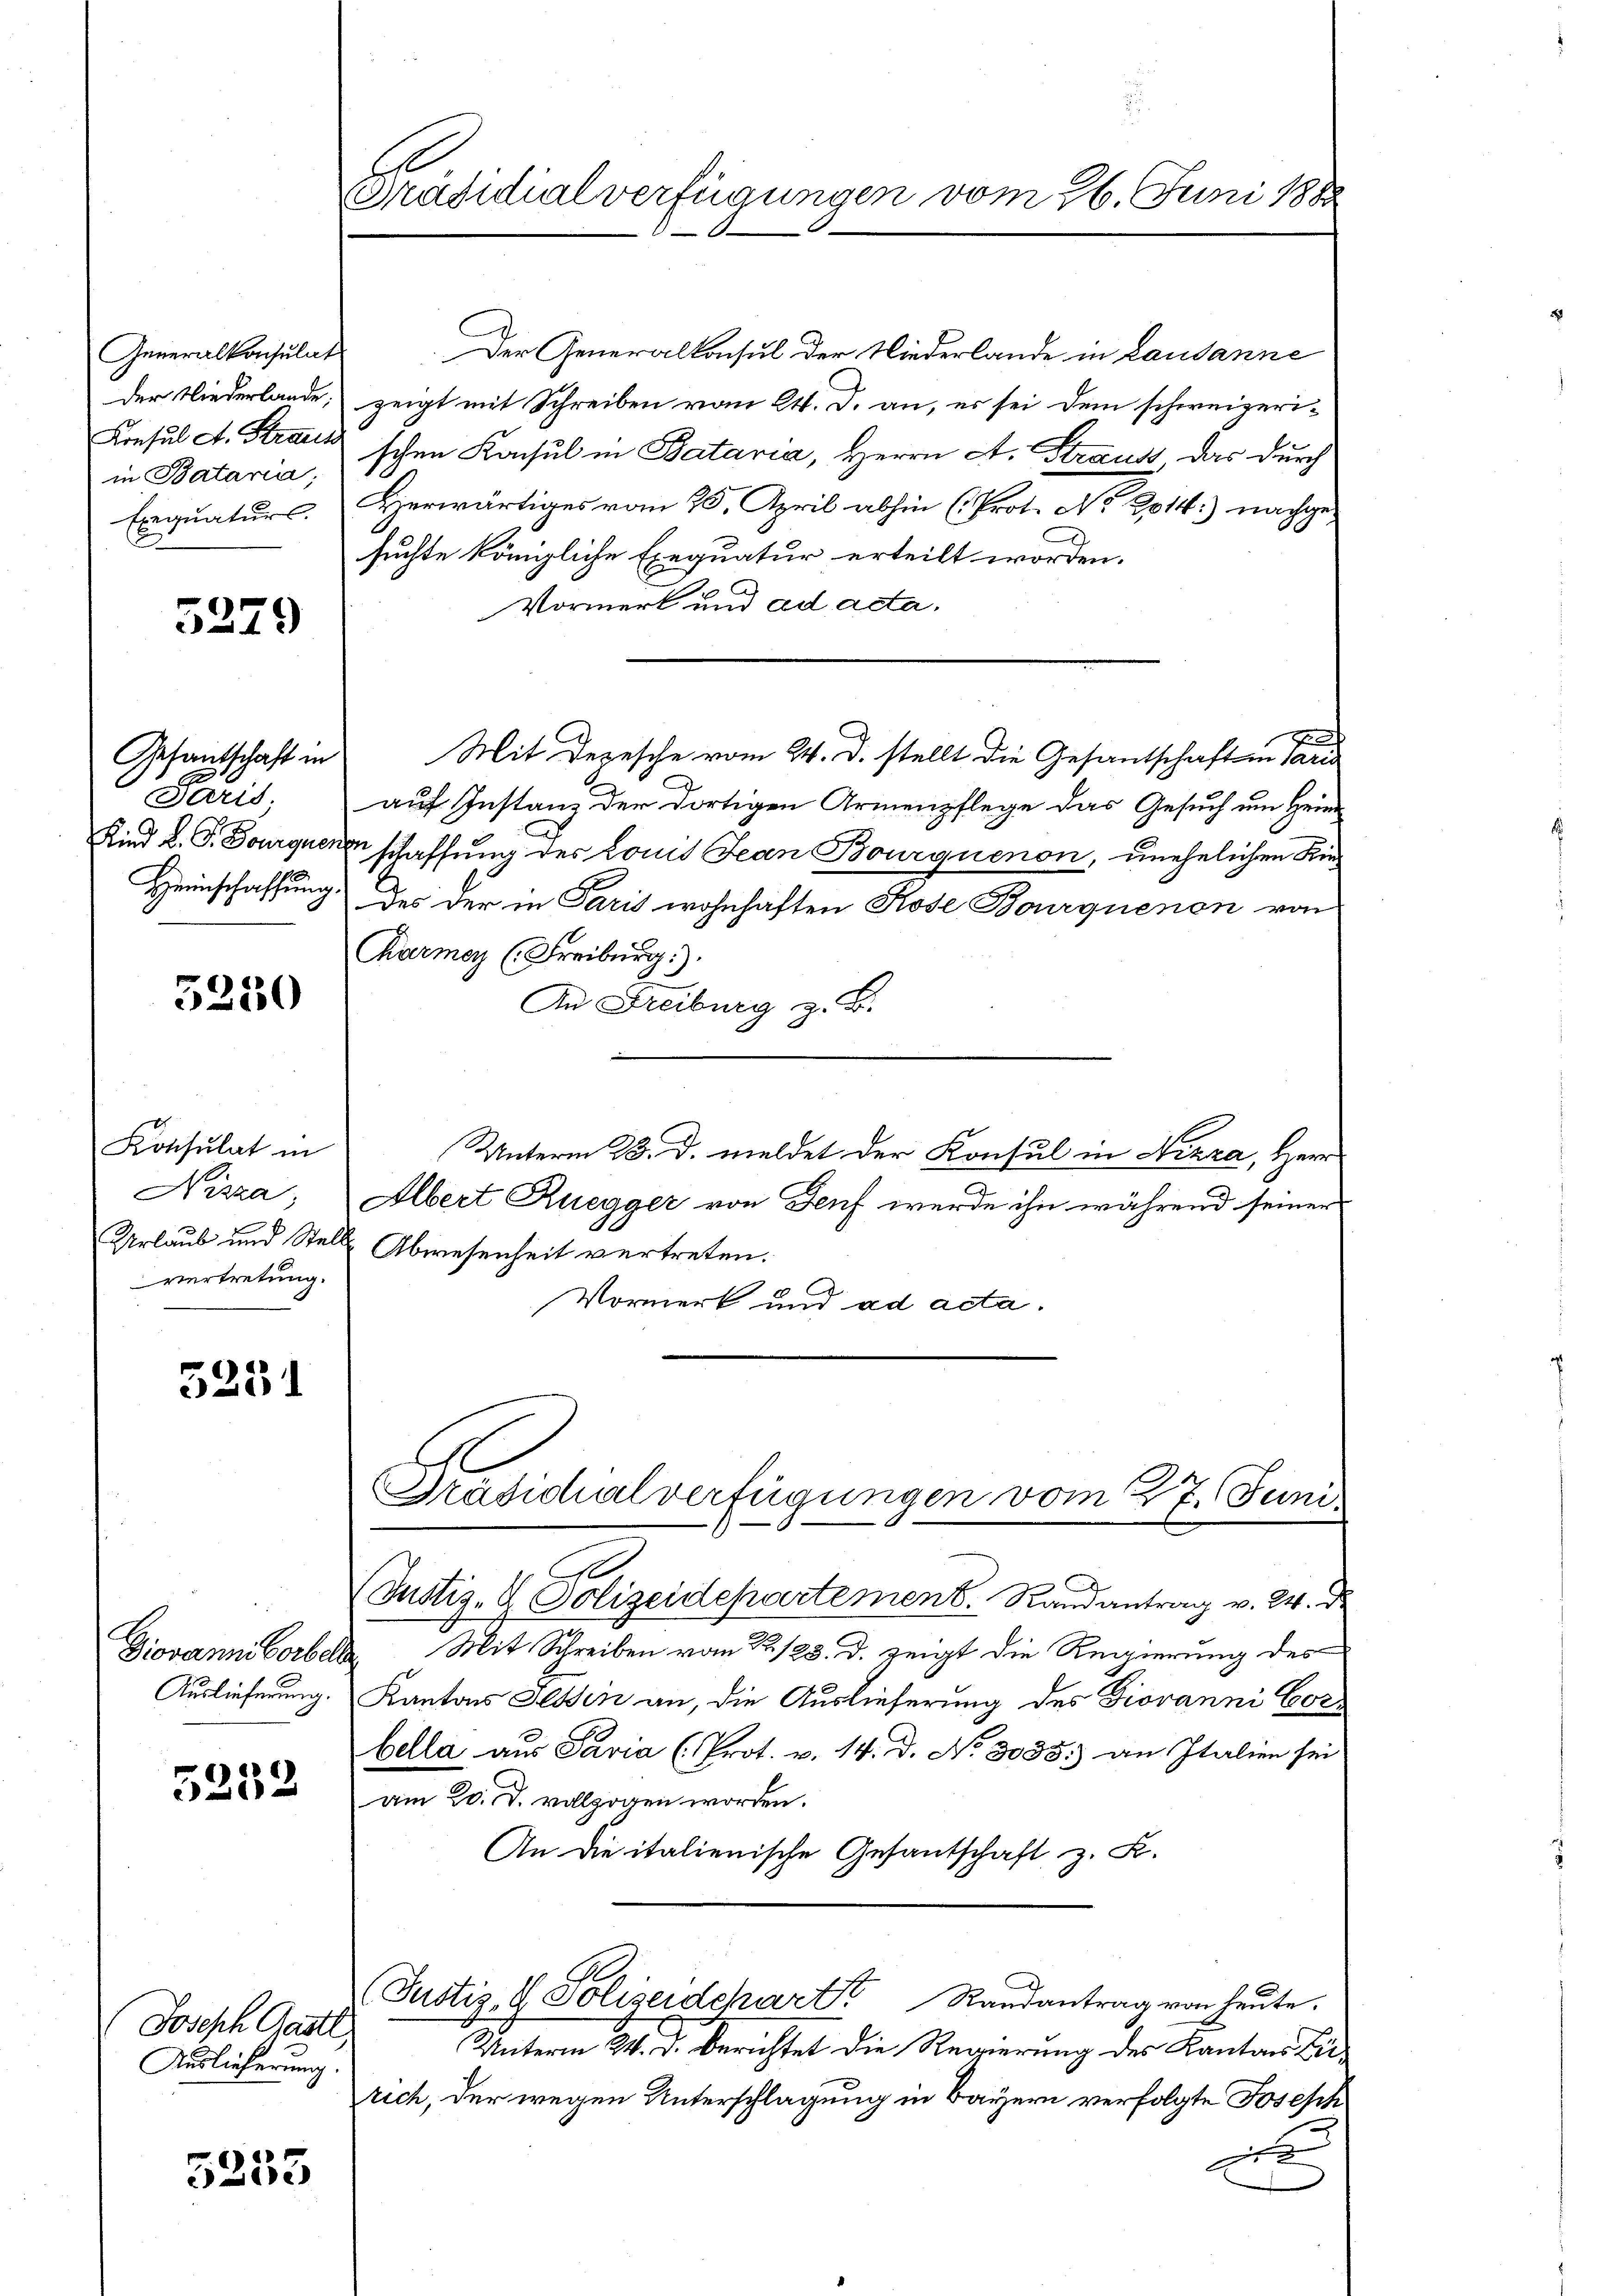
Generalkonsulat
in Batarii,

5279

Gesantschaft in
Paris;

5250

Konsulat in
vertretung.

5251

Ziovan Vorbeha
Auslieferung.

5252

Joseph Gastl
Auslieferung.

5253

Präsidialverfügungen vom 26. Juni 1888

Der Generalkonsul der Niederlande in Lausanne
der Niederlande, zeigt mit Schreiben vom 24. d. an, es sei dem schweizeri¬
Konsul ct. Straut schen Konsul in Bataria, Herrn A. Straus das durch
Exequaturs. Herwärtiges vom 25. April abhin (Prot. No 2014.) nachge-
suchte königliche Exequatur erteilt worden.
Vormerk und ad acta.
12
Mit Depesche vom 24. d. stellt die Gesantschaft in Paris
auf Instanz der dortigen Armenpflege das Gesuch um Heim
Kind L. G. Bourquenz schaffung des Louis Jean Bourquenon, unehelichen Kin
Heimschaffung des der in Paris wohnhaften Kose Bourquenen von
Carmer (Freiburg)
An Freiburg z. B.
Unterm 23. d. meldet der Konsul in Nizza, Herr
Nizza; Albert Ruegger von Genf werde ihn während seiner
Urlaub und Stelle Abwesenheit vertreten.
Vormerk und ad acta.
b

Justiz- & Polizeidepartement. Randantrag v. 24. d.
Mit Schreiben vom 22./23. d. zeigt die Regierung des
Kantons Tessin an, die Auslieferung des Giovanni Corbella aus Pavia (Prot. v. 14. d. No. 3038) an Italien sei
am 20. d. vollzogen worden.
An die italienische Gesantschaft z. B.
(Justiz- & Polizeidepart Randantrag von heŭte.
Unterm 24. d. Berichtet die Regierung des Kantons Zürich, der wegen Unterschlagung in Bayern verfolgte Joseph
F

Präsidialverfügungen vom 27. Juni